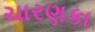
ચારણકા